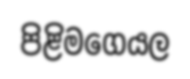
පිළිමගෙයල